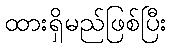
ထားရှိမည်ဖြစ်ပြီး